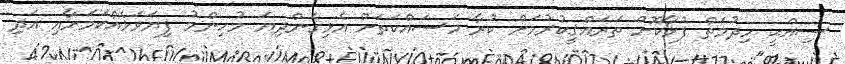
ސިއްޙީ ހިދުމަތް ފުޅާކޮށް ތަރައްޤީކުރުމަށް ކުރާ މަސައްކަތަށް އެޅިގެންދިޔަ މުހިންމު ފިޔަވަޅެއްކަމަށާއި އަދި